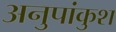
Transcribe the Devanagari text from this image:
अनुपांकुश